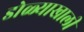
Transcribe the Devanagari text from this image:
डोळ्याखाली